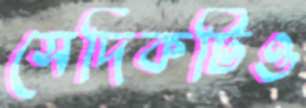
সেদিকটিও